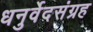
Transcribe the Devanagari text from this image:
धनुर्वेदसंग्रह